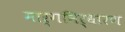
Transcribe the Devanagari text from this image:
मार्गनिर्धारण